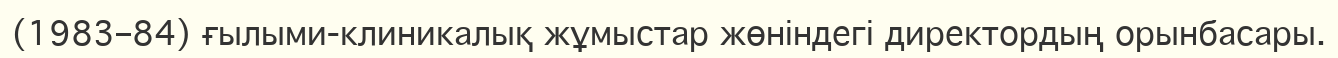
(1983–84) ғылыми-клиникалық жұмыстар жөніндегі директордың орынбасары.